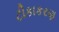
ટીકાકરણ